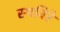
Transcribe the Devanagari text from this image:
स्थविरे